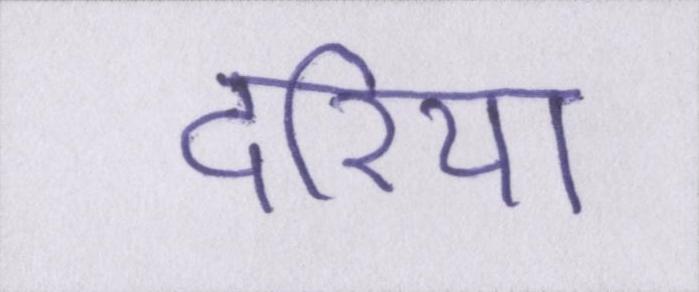
दरिया